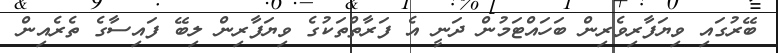
ބޭރުގައި ވިޔަފާރިވެރިން ބަހައްޓަމުން ދަނީ އެ ފަރާތްތަކުގެ ވިޔަފާރިން ލިބޭ ފައިސާގެ ތެރެއިން